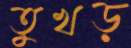
তুখড়